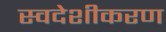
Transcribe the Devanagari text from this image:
स्वदेशीकरण